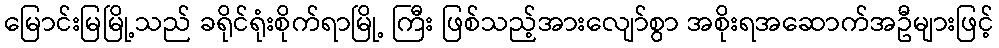
မြောင်းမြမြို့သည် ခရိုင်ရုံးစိုက်ရာမြို့ ကြီး ဖြစ်သည့်အားလျော်စွာ အစိုးရအဆောက်အဦများဖြင့်